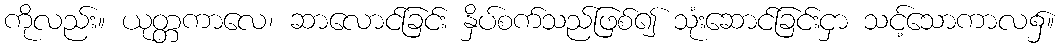
ကိုလည်း။ ယုတ္တကာလေ၊ ဆာလောင်ခြင်း နှိပ်စက်သည်ဖြစ်၍ သုံးဆောင်ခြင်းငှာ သင့်သောကာလ၌။